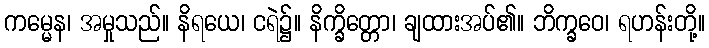
ကမ္မေန၊ အမှုသည်။ နိရယေ၊ ငရဲ၌။ နိက္ခိတ္တော၊ ချထားအပ်၏။ ဘိက္ခဝေ၊ ရဟန်းတို့။